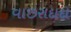
વાછરાદાદા